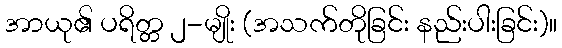
အာယု၏ ပရိတ္တ ၂-မျိုး (အသက်တိုခြင်း နည်းပါးခြင်း)။